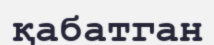
қабатган